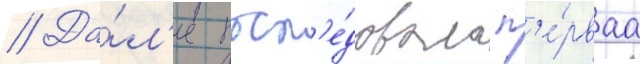
// Да́л'ее посл'е́довала п'е́рваа